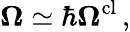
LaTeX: \boldsymbol{\Omega}\simeq\hbar\boldsymbol{\Omega}^{\mathrm{cl}}\, ,